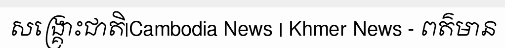
សង្គ្រោះជាតិ|Cambodia News | Khmer News - ពត៌មាន